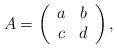
LaTeX: \begin{align*}A=\left(\begin{array}{cc} a & b \\ c & d \\ \end{array} \right),\end{align*}